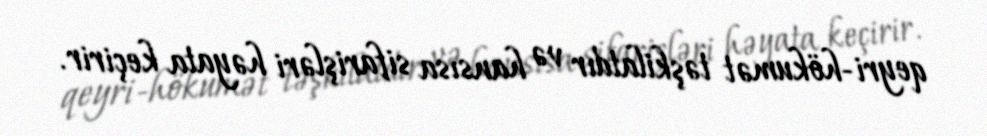
qeyri-hökumət təşkilatdır və hansısa sifarişləri həyata keçirir.